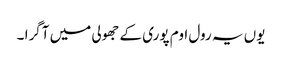
یوں یہ رول اوم پوری کے جھولی میں آگرا ۔